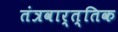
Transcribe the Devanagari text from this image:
तंत्रवार्त्तिक